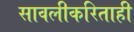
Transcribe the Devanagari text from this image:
सावलीकरिताही